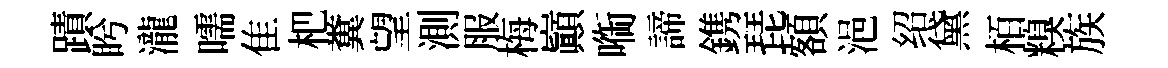
蹟盻瀧嚅隹杷糞望測服梅巔㗸諦鎸琵額浥绍黛栢糗族